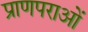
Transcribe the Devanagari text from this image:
प्राणपराओं